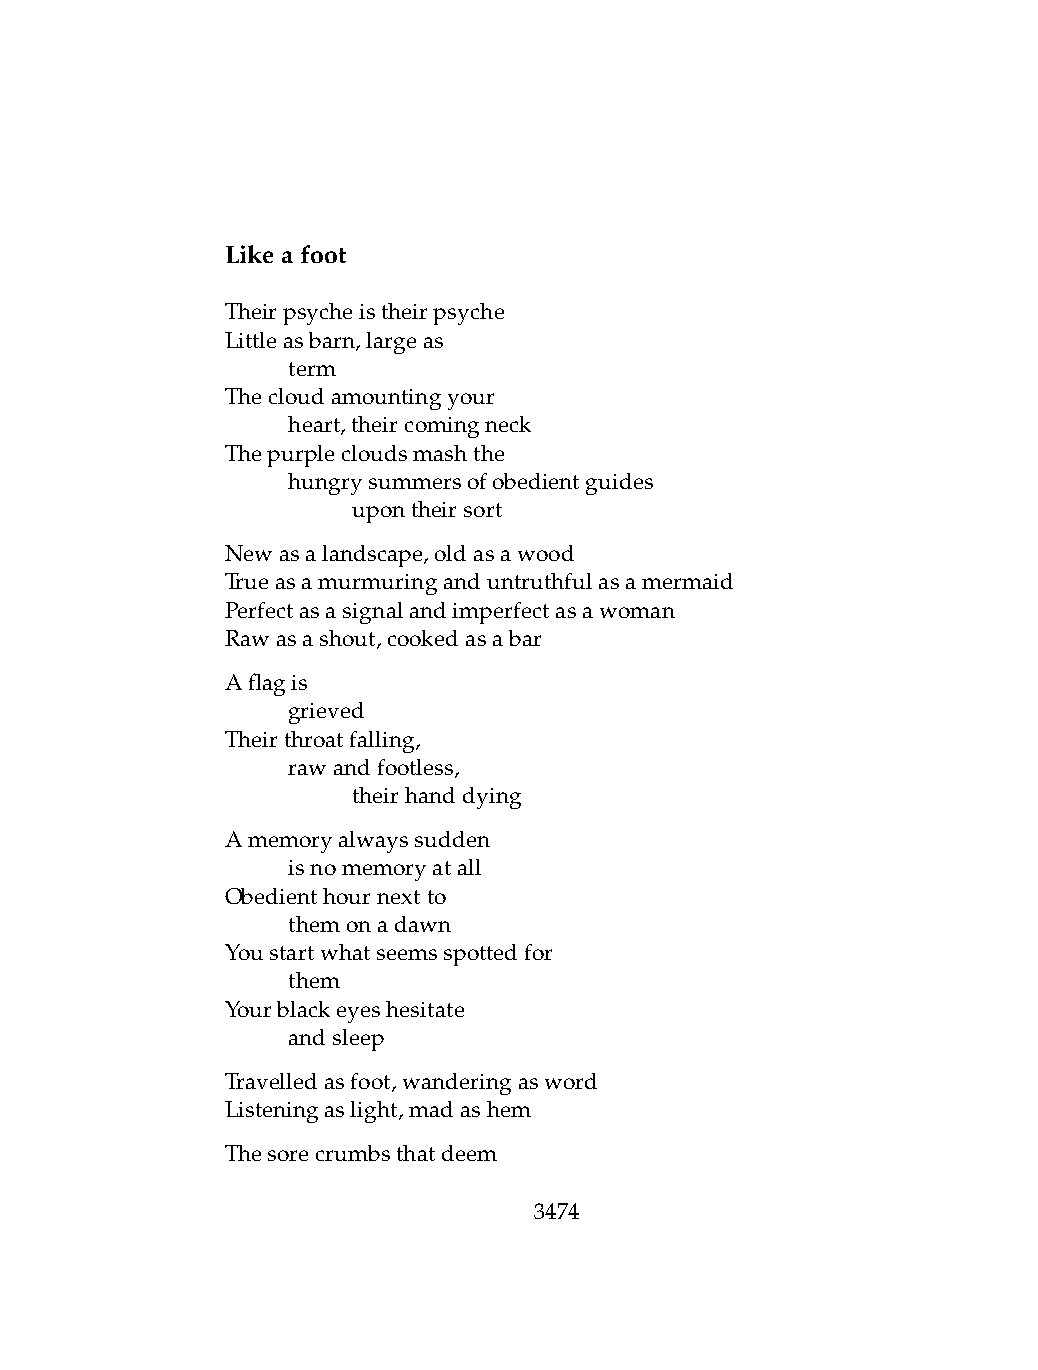
Likeafoot
 Theirpsycheistheirpsyche
 Littleasbarn,largeas
 .   term
 Thecloudamountingyour
 .   heart,theircomingneck
 Thepurplecloudsmashthe
 .   hungrysummersofobedientguides
 .   .   upontheirsort
 Newasalandscape,oldasawood
 Trueasamurmuringanduntruthfulasamermaid
 Perfectasasignalandimperfectasawoman
 Rawasashout,cookedasabar
 Aflagis
 .   grieved
 Theirthroatfalling,
 .   rawandfootless,
 .   .   theirhanddying
 Amemoryalwayssudden
 .   isnomemoryatall
 Obedienthournextto
 .   themonadawn
 Youstartwhatseemsspottedfor
 .   them
 Yourblackeyeshesitate
 .   andsleep
 Travelledasfoot,wanderingasword
 Listeningaslight,madashem
 Thesorecrumbsthatdeem
 3474